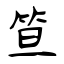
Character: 笪